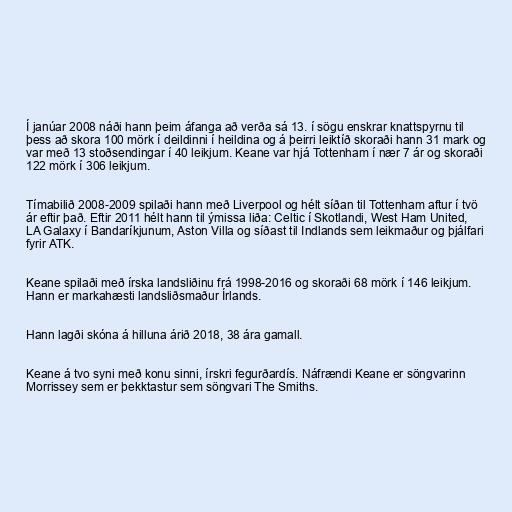
Í janúar 2008 náði hann þeim áfanga að verða sá 13. í sögu enskrar knattspyrnu til
þess að skora 100 mörk í deildinni í heildina og á þeirri leiktíð skoraði hann 31 mark og
var með 13 stoðsendingar í 40 leikjum. Keane var hjá Tottenham í nær 7 ár og skoraði
122 mörk í 306 leikjum.

Tímabilið 2008-2009 spilaði hann með Liverpool og hélt síðan til Tottenham aftur í tvö
ár eftir það. Eftir 2011 hélt hann til ýmissa liða: Celtic í Skotlandi, West Ham United,
LA Galaxy í Bandaríkjunum, Aston Villa og síðast til Indlands sem leikmaður og þjálfari
fyrir ATK.

Keane spilaði með írska landsliðinu frá 1998-2016 og skoraði 68 mörk í 146 leikjum.
Hann er markahæsti landsliðsmaður Írlands.

Hann lagði skóna á hilluna árið 2018, 38 ára gamall.

Keane á tvo syni með konu sinni, írskri fegurðardís. Náfrændi Keane er söngvarinn
Morrissey sem er þekktastur sem söngvari The Smiths.